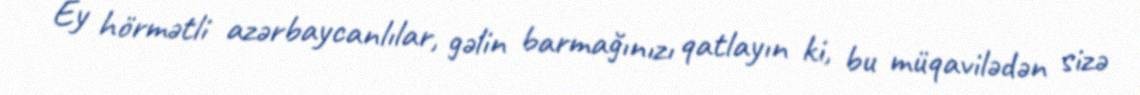
Ey hörmətli azərbaycanlılar, gəlin barmağınızı qatlayın ki, bu müqavilədən sizə